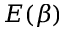
E ( \beta )